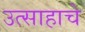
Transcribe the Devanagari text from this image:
उत्साहाचे